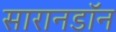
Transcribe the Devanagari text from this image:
सारानडॉन